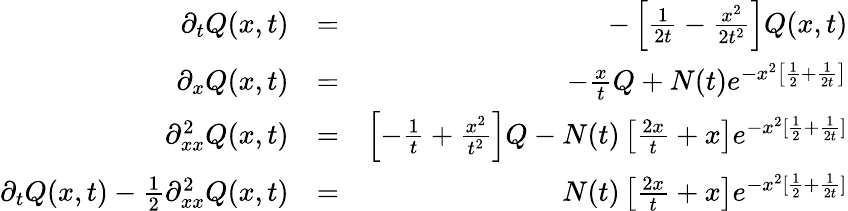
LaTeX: \begin{array}{rlr}{\partial_{t}Q(x,t)}&{=}&{-\left[\frac{1}{2t}-\frac{x^{2}}{2t^{2}}\right]Q(x,t)}\\ {\partial_{x}Q(x,t)}&{=}&{-\frac{x}{t}Q+N(t)e^{-x^{2}\left[\frac{1}{2}+\frac{1}{2t}\right]}}\\ {\partial_{xx}^{2}Q(x,t)}&{=}&{\left[-\frac{1}{t}+\frac{x^{2}}{t^{2}}\right]Q-N(t)\left[\frac{2x}{t}+x\right]e^{-x^{2}[\frac{1}{2}+\frac{1}{2t}]}}\\ {\partial_{t}Q(x,t)-\frac{1}{2}\partial_{xx}^{2}Q(x,t)}&{=}&{N(t)\left[\frac{2x}{t}+x\right]e^{-x^{2}[\frac{1}{2}+\frac{1}{2t}]}}\end{array}